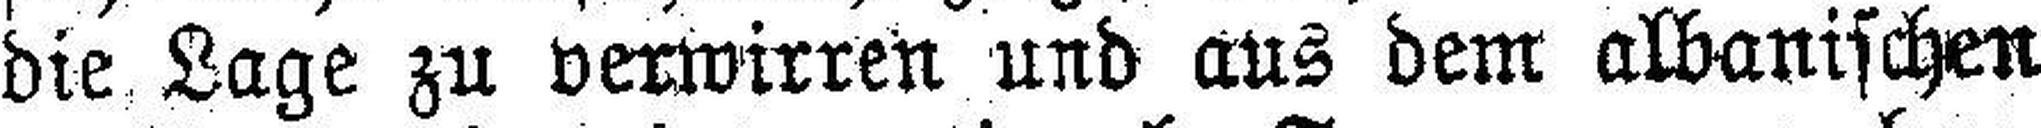
die Lage zu verwirren und aus dem albanischen